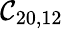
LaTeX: \mathcal{C}_{20,12}